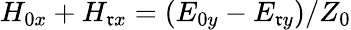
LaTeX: H_{0x}+H_{\mathfrak{r}x}=(E_{0y}-E_{\mathfrak{r}y})/Z_{0}